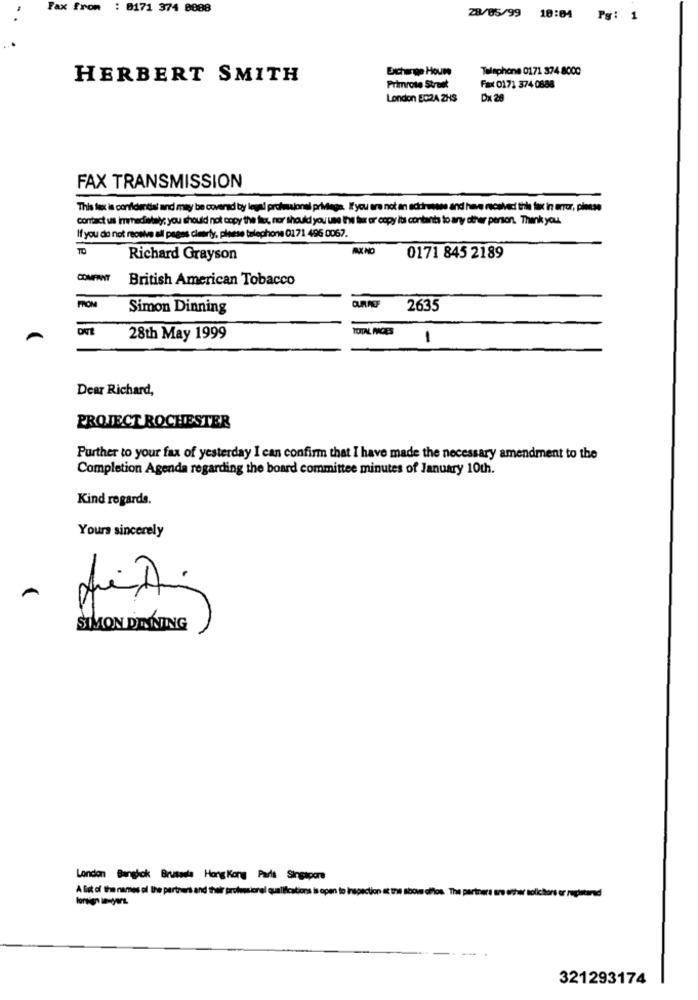
Fax from : 0171 374 8888
28/05/99 10:04 Py: 1
Exchange Houne
Telephone 0171 374 8000
HERBERT SMITH
Primrose Street
Fax 0171 374 0888
London EC2A 2HS
Dx 28
FAX TRANSMISSION
This fax is confidential and may be covered by legal profesional privilege. Ifyou are not an accrussee and have received this fax in error, please
contact us immediately; you should not copy the fax, nor should you use the fa or copy its contents to any other person. Thank you.
If you do not receive all pages clearly, please telephone 0171 496 0067.
TO
Richard Grayson
0171 845 2189
COMPANY
British American Tobacco
FROM
Simon Dinning
2635
TOTAL MMCES
28th May 1999
1
Dear Richard,
PROJECT ROCHESTER
Purther to your fax of yesterday I can confirm that I have made the necessary amendment to the
Completion Agenda regarding the board committee minutes of January 10th.
Kind regards.
Yours sincerely
SIMON DIKTING
London Bengjok Brusade Hong Kong Parts Singapore
A list of the names of the partners and their profesional qualifications is open to inspection at the above offos. The partners are erter solicitors
321293174